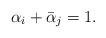
LaTeX: \begin{align*}\alpha_i+\bar{\alpha}_j=1.\end{align*}